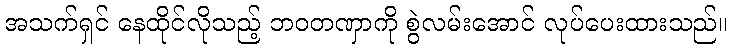
အသက်ရှင် နေထိုင်လိုသည့် ဘဝတဏှာကို စွဲလမ်းအောင် လုပ်ပေးထားသည်။